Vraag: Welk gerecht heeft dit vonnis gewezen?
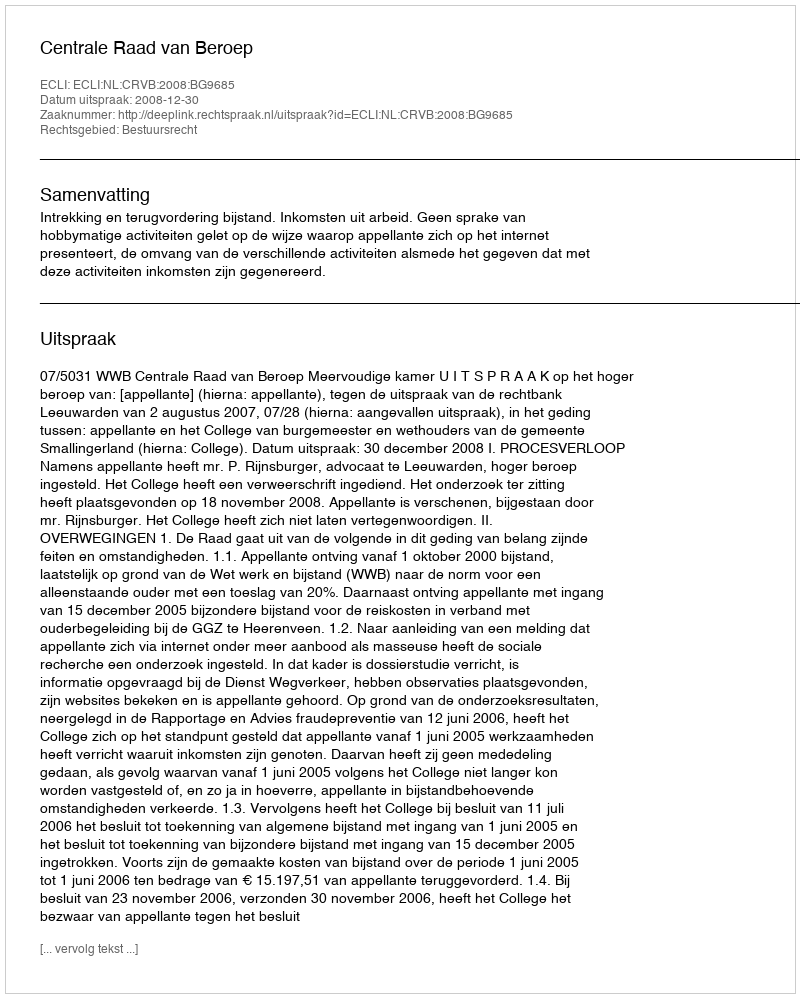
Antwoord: Centrale Raad van Beroep